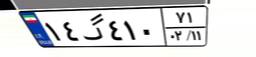
۱۴گ۴۱۰۷۱